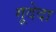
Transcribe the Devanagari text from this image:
गूदेदा